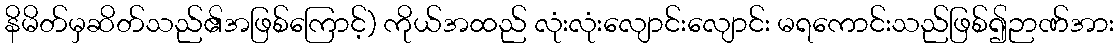
နိမိတ်မှဆိတ်သည်၏အဖြစ်ကြောင့်) ကိုယ်အထည် လုံးလုံးလျောင်းလျောင်း မရကောင်းသည်ဖြစ်၍ဉာဏ်အား